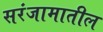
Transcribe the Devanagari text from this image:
सरंजामातील